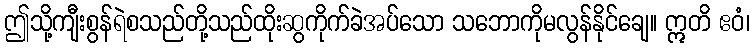
ဤသို့ကျီးစွန်ရဲစသည်တို့သည်ထိုးဆွကိုက်ခဲအပ်သော သဘောကိုမလွန်နိုင်ချေ။ ဣတိ ဧဝံ၊